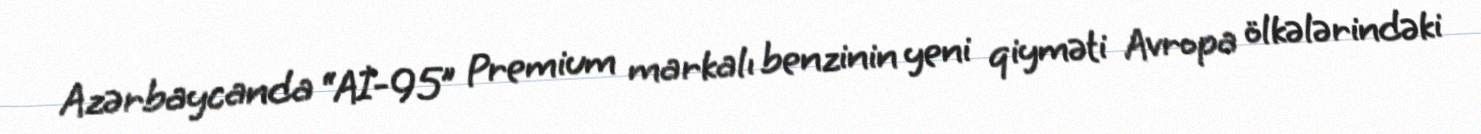
Azərbaycanda “Aİ-95” Premium markalı benzinin yeni qiyməti Avropa ölkələrindəki